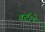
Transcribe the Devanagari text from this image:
वर्टले